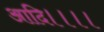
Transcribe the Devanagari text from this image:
आदि।।।।